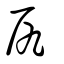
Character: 尻